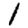
Digit: 1